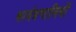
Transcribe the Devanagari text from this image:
कार्यप्रणालियाँ